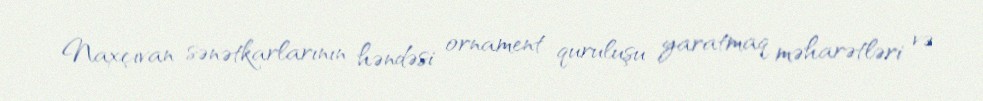
Naxçıvan sənətkarlarının həndəsi ornament quruluşu yaratmaq məharətləri və